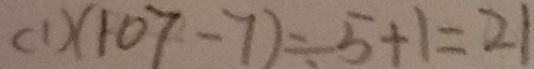
( 1 ) ( 1 0 7 - 7 ) \div 5 + 1 = 2 1